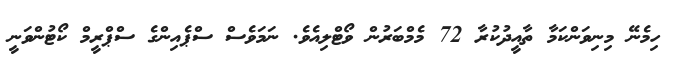
ހިމެނޭ މިނިވަންކަމާ ތާއީދުކުރާ 72 މެމްބަރުން ވޯޓްލިއެވެ. ނަމަވެސް ސްޕެއިންގެ ސްޕްރީމް ކޯޓުންވަނީ